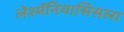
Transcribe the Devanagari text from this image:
लेश्मॅनियासिसला